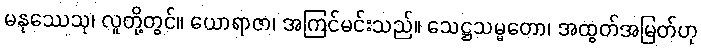
မနုဿေသု၊ လူတို့တွင်။ ယောရာဇာ၊ အကြင်မင်းသည်။ သေဋ္ဌသမ္မတော၊ အထွတ်အမြတ်ဟု